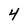
Character: 4